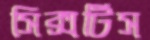
সিক্সটিস